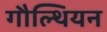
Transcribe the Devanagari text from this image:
गौल्थियन